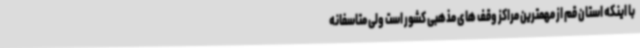
با اینکه استان قم از مهمترین مراکز وقف های مذهبی کشور است ولی متاسفانه